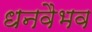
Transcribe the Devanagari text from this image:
धनवैभव